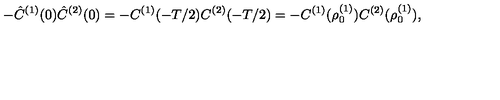
- \hat { C } ^ { ( 1 ) } ( 0 ) \hat { C } ^ { ( 2 ) } ( 0 ) = - C ^ { ( 1 ) } ( - T / 2 ) C ^ { ( 2 ) } ( - T / 2 ) = - C ^ { ( 1 ) } ( \rho _ { 0 } ^ { ( 1 ) } ) C ^ { ( 2 ) } ( \rho _ { 0 } ^ { ( 1 ) } ) ,